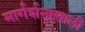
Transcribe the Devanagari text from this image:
मार्गर्शनाखाली